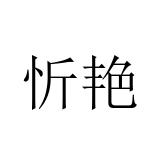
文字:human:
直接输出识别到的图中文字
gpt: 忻艳